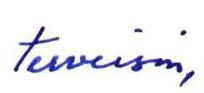
Terveisin,